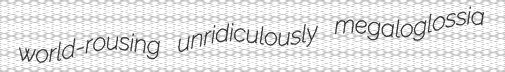
world-rousing unridiculously megaloglossia